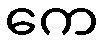
ကေ